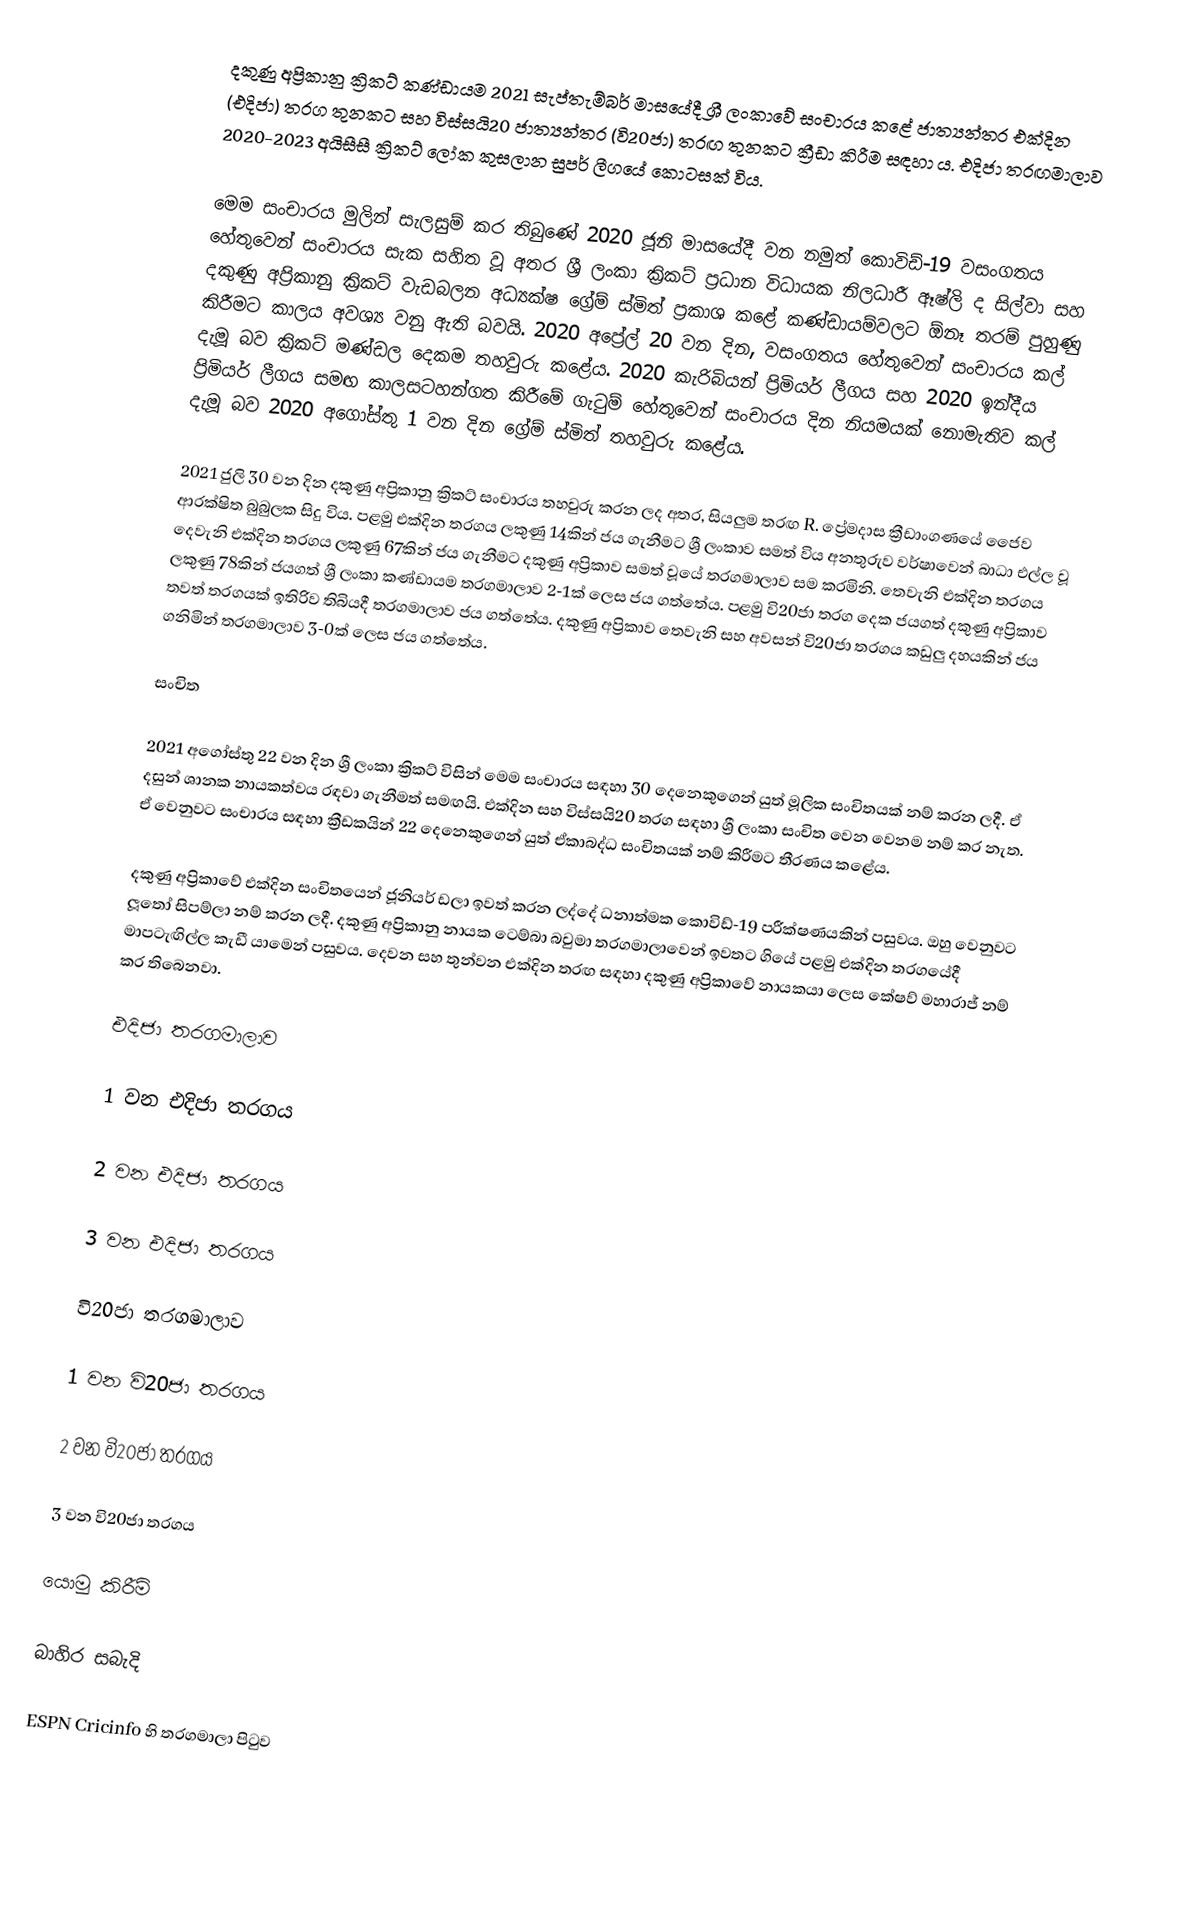
දකුණු අප්‍රිකානු ක්‍රිකට් කණ්ඩායම 2021 සැප්තැම්බර් මාසයේදී ශ්‍රී ලංකාවේ සංචාරය කළේ ජාත්‍යන්තර එක්දින (එදිජා) තරග තුනකට සහ විස්සයි20 ජාත්‍යන්තර (වි20ජා) තරඟ තුනකට ක්‍රීඩා කිරීම සඳහා ය. එදිජා තරඟමාලාව 2020-2023 අයිසීසී ක්‍රිකට් ලෝක කුසලාන සුපර් ලීගයේ කොටසක් විය.

මෙම සංචාරය මුලින් සැලසුම් කර තිබුණේ 2020 ජූනි මාසයේදී වන නමුත් කොවිඩ්-19 වසංගතය හේතුවෙන් සංචාරය සැක සහිත වූ අතර ශ්‍රී ලංකා ක්‍රිකට් ප්‍රධාන විධායක නිලධාරී ඈෂ්ලි ද සිල්වා සහ දකුණු අප්‍රිකානු ක්‍රිකට් වැඩබලන අධ්‍යක්ෂ ග්‍රේම් ස්මිත් ප්‍රකාශ කළේ කණ්ඩායම්වලට ඕනෑ තරම් පුහුණු කිරීමට කාලය අවශ්‍ය වනු ඇති බවයි. 2020 අප්‍රේල් 20 වන දින, වසංගතය හේතුවෙන් සංචාරය කල් දැමූ බව ක්‍රිකට් මණ්ඩල දෙකම තහවුරු කළේය. 2020 කැරිබියන් ප්‍රිමියර් ලීගය සහ 2020 ඉන්දීය ප්‍රිමියර් ලීගය සමඟ කාලසටහන්ගත කිරීමේ ගැටුම් හේතුවෙන් සංචාරය දින නියමයක් නොමැතිව කල් දැමූ බව 2020 අගෝස්තු 1 වන දින ග්‍රේම් ස්මිත් තහවුරු කළේය.

2021 ජුලි 30 වන දින දකුණු අප්‍රිකානු ක්‍රිකට් සංචාරය තහවුරු කරන ලද අතර, සියලුම තරඟ R. ප්‍රේමදාස ක්‍රීඩාංගණයේ ජෛව ආරක්ෂිත බුබුලක සිදු විය. පළමු එක්දින තරගය ලකුණු 14කින් ජය ගැනීමට ශ්‍රී ලංකාව සමත් විය අනතුරුව වර්ෂාවෙන් බාධා එල්ල වූ දෙවැනි එක්දින තරගය ලකුණු 67කින් ජය ගැනීමට දකුණු අප්‍රිකාව සමත් වූයේ තරගමාලාව සම කරමිනි. තෙවැනි එක්දින තරගය ලකුණු 78කින් ජයගත් ශ්‍රී ලංකා කණ්ඩායම තරගමාලාව 2-1ක් ලෙස ජය ගත්තේය. පළමු වි20ජා තරග දෙක ජයගත් දකුණු අප්‍රිකාව තවත් තරගයක් ඉතිරිව තිබියදී තරගමාලාව ජය ගත්තේය. දකුණු අප්‍රිකාව තෙවැනි සහ අවසන් වි20ජා තරගය කඩුලු දහයකින් ජය ගනිමින් තරගමාලාව 3-0ක් ලෙස ජය ගත්තේය.

සංචිත

2021 අගෝස්තු 22 වන දින ශ්‍රී ලංකා ක්‍රිකට් විසින් මෙම සංචාරය සඳහා 30 දෙනෙකුගෙන් යුත් මූලික සංචිතයක් නම් කරන ලදී. ඒ දසුන් ශානක නායකත්වය රඳවා ගැනීමත් සමඟයි. එක්දින සහ විස්සයි20 තරග සඳහා ශ්‍රී ලංකා සංචිත වෙන වෙනම නම් කර නැත. ඒ වෙනුවට සංචාරය සඳහා ක්‍රීඩකයින් 22 දෙනෙකුගෙන් යුත් ඒකාබද්ධ සංචිතයක් නම් කිරීමට තීරණය කළේය.

දකුණු අප්‍රිකාවේ එක්දින සංචිතයෙන් ජූනියර් ඩලා ඉවත් කරන ලද්දේ ධනාත්මක කොවිඩ්-19 පරීක්ෂණයකින් පසුවය. ඔහු වෙනුවට ලූතෝ සිපම්ලා නම් කරන ලදී. දකුණු අප්‍රිකානු නායක ටෙම්බා බවුමා තරගමාලාවෙන් ඉවතට ගියේ පළමු එක්දින තරගයේදී මාපටැඟිල්ල කැඩී යාමෙන් පසුවය. දෙවන සහ තුන්වන එක්දින තරඟ සඳහා දකුණු අප්‍රිකාවේ නායකයා ලෙස කේෂව් මහාරාජ් නම් කර තිබෙනවා.

එදිජා තරගමාලාව

1 වන එදිජා තරගය

2 වන එදිජා තරගය

3 වන එදිජා තරගය

වි20ජා තරගමාලාව

1 වන වි20ජා තරගය

2 වන වි20ජා තරගය

3 වන වි20ජා තරගය

යොමු කිරීම්

බාහිර සබැදි

 ESPN Cricinfo හි තරගමාලා පිටුව